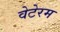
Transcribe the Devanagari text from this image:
वेटेरम